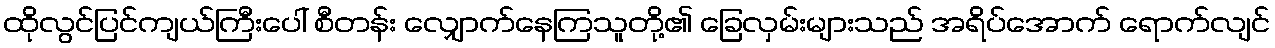
ထိုလွင်ပြင်ကျယ်ကြီးပေါ် စီတန်း လျှောက်နေကြသူတို့၏ ခြေလှမ်းများသည် အရိပ်အောက် ရောက်လျင်